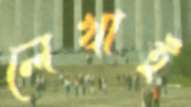
লেখাই